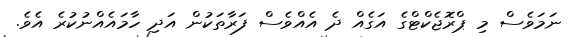
ނަމަވެސް މި ޕްރޮޖެކްޓްގެ އަގެއް ދެ އެއްވެސް ފަރާތަކުން އަދި ހާމައެއްނުކުރެ އެވެ.